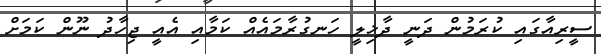
ސީރިއާގައި ކުރަމުން ދަނީ ދާޚިލީ ހަނގުރާމައެއް ކަމާއި އެއީ ޖިހާދު ނޫން ކަމަށް